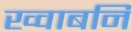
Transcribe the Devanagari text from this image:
ख्वाबनि